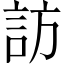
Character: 訪